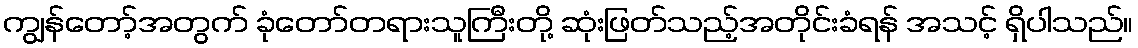
ကျွန်တော့်အတွက် ခုံတော်တရားသူကြီးတို့ ဆုံးဖြတ်သည့်အတိုင်းခံရန် အသင့် ရှိပါသည်။